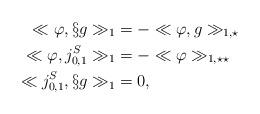
LaTeX: \begin{align*}\ll \varphi,\S g \gg_{1} &=-\ll \varphi, g\gg_{1,\star} \\ \ll \varphi, j_{0,1}^S \gg_1 & = -\ll \varphi \gg_{1,\star\star}\\\ll j_{0,1}^S,\S g\gg_1 & =0,\end{align*}